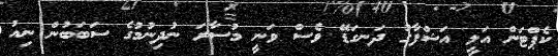
ކެޕްޓަން އަލީ އަޝްފާގު ދަނގަޑޭ ވެސް ވަނީ މުސާރަ ނުދިނުމުގެ ސަބަބުން ނިއު